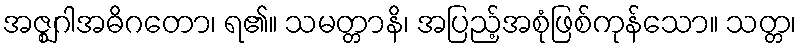
အဇ္ဈဂါအဓိဂတော၊ ရ၏။ သမတ္တာနိ၊ အပြည့်အစုံဖြစ်ကုန်သော။ သတ္တ၊